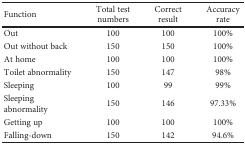
| Function | Total test numbers | Correct result | Accuracy rate |
 | --- | --- | --- | --- |
 | Out | 100 | 100 | 100% |
 | Out without back | 150 | 150 | 100% |
 | At home | 100 | 100 | 100% |
 | Toilet abnormality | 150 | 147 | 98% |
 | Sleeping | 100 | 99 | 99% |
 | Sleeping abnormality | 150 | 146 | 97.33% |
 | Getting up | 100 | 100 | 100% |
 | Falling-down | 150 | 142 | 94.6% |